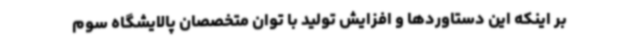
بر اینکه این دستاوردها و افزایش تولید با توان متخصصان پالایشگاه سوم